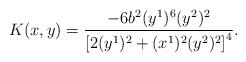
LaTeX: \begin{align*} K(x,y)=\frac { -6b^2 (y^1)^6(y^2)^2}{\left[ 2(y^1)^2+(x^1)^2(y^2)^2\right]^4 }. \end{align*}